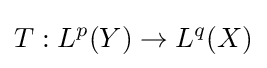
T:L^{p}(Y)\to L^{q}(X)